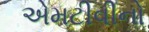
એમટીવીનો